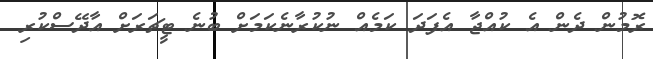
ރޮމުން ދެން އެ ކުއްޖާ އެފަދަ ކަމެއް ނުކުރާނެކަމަށް ބުނެ ޓީޗަރަށް އާދޭސްކުރި